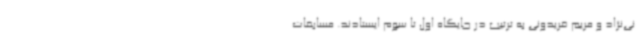
نی‌نژاد و مریم فریدونی به ترتیب در جایگاه اول تا سوم ایستادند. مسابقات